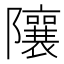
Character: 𨽢